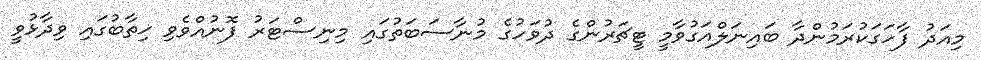
މިއަދު ފާހަގަކުރަމުންދާ ބައިނަލްއަގުވާމީ ޓީޗަރުންގެ ދުވަހުގެ މުނާސަބަތުގައި މިނިސްޓަރު ފޮނުއްވެވި ޚިތާބުގައި ވިދާޅުވީ